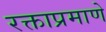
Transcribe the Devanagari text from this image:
रक्ताप्रमाणे